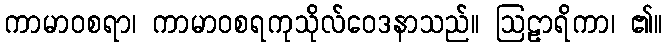
ကာမာဝစရာ၊ ကာမာဝစရကုသိုလ်ဝေဒနာသည်။ ဩဠာရိကာ၊ ၏။